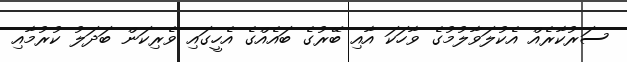
ސަރުކާރެއް އެކުލަވާލުމުުގެ ވާހަކަ އާއި ބޭރުގެ ބައެއްގެ އެހީގައި ވެރިކަން ބަދަލު ކުރުމާއި